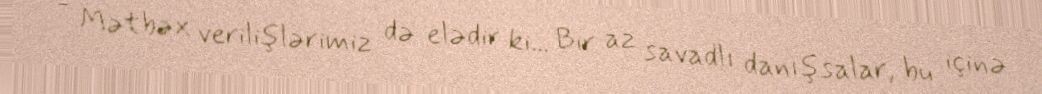
- Mətbəx verilişlərimiz də elədir ki... Bir az savadlı danışsalar, bu içinə